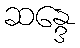
ဆန္ဒေ